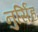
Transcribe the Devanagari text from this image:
नुर्सिंह